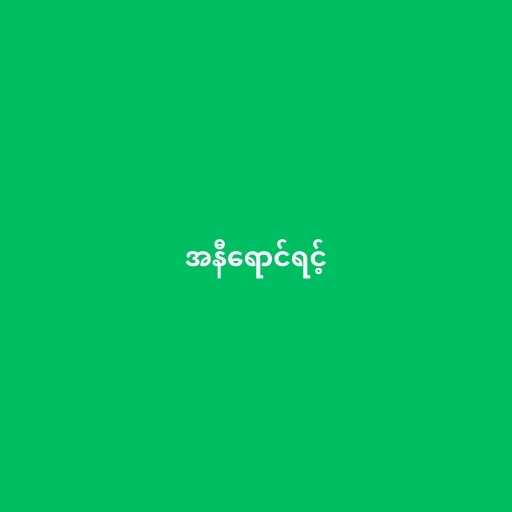
အနီရောင်ရင့်